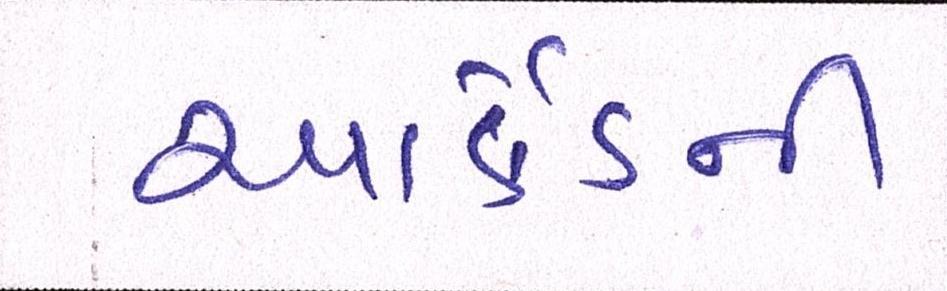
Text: આર્કેડની